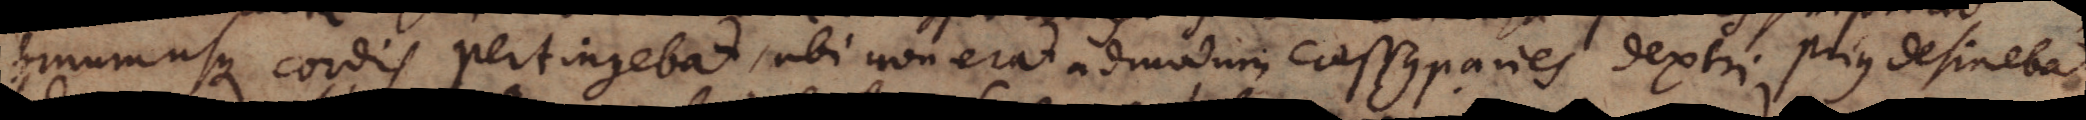
sinum usque cordis pertingebat, ubi non erat admodum crassus paries dextri prius desinebat